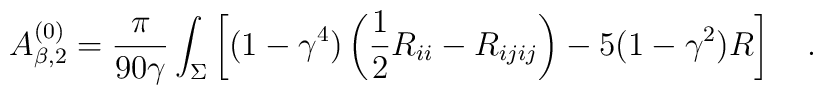
A^{(0)}_{\beta,2}={\pi \over 90\gamma}\int_{\Sigma}\left[(1-\gamma^4)\left(\frac 12R_{ii}-R_{ijij}\right)-5(1-\gamma^2)R\right]~~~.